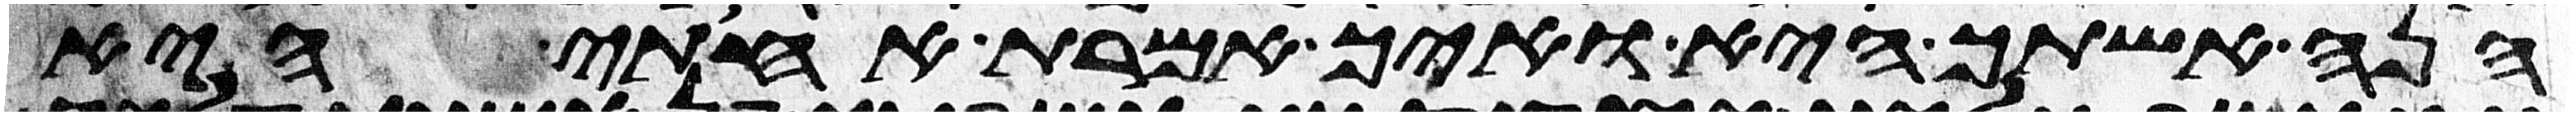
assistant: הנה אשתך היא ואיך אמרת אחותי היא